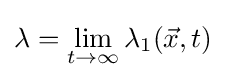
\lambda =\lim _{t\to \infty }\lambda _{1}({\vec {x}},t)